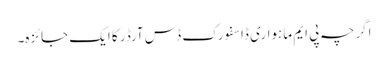
اگرچہ پی ایم ماہواری ڈاسفورک ڈس آرڈر کا ایک جائزہ۔